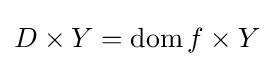
D\times Y=\operatorname {dom} f\times Y